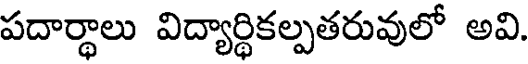
పదార్థాలు విద్యార్థికల్పతరువులో అవి.